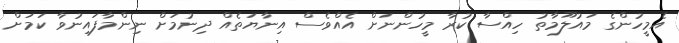
އެމީހުންގެ މައުލޫމާތު ހިއްސާ ކުރާ މީހުންނަށް އެއްވެސް އިނާޔަތެއް ދިނުމަށް ނިންމާފައިނުވާ ކަމަށް